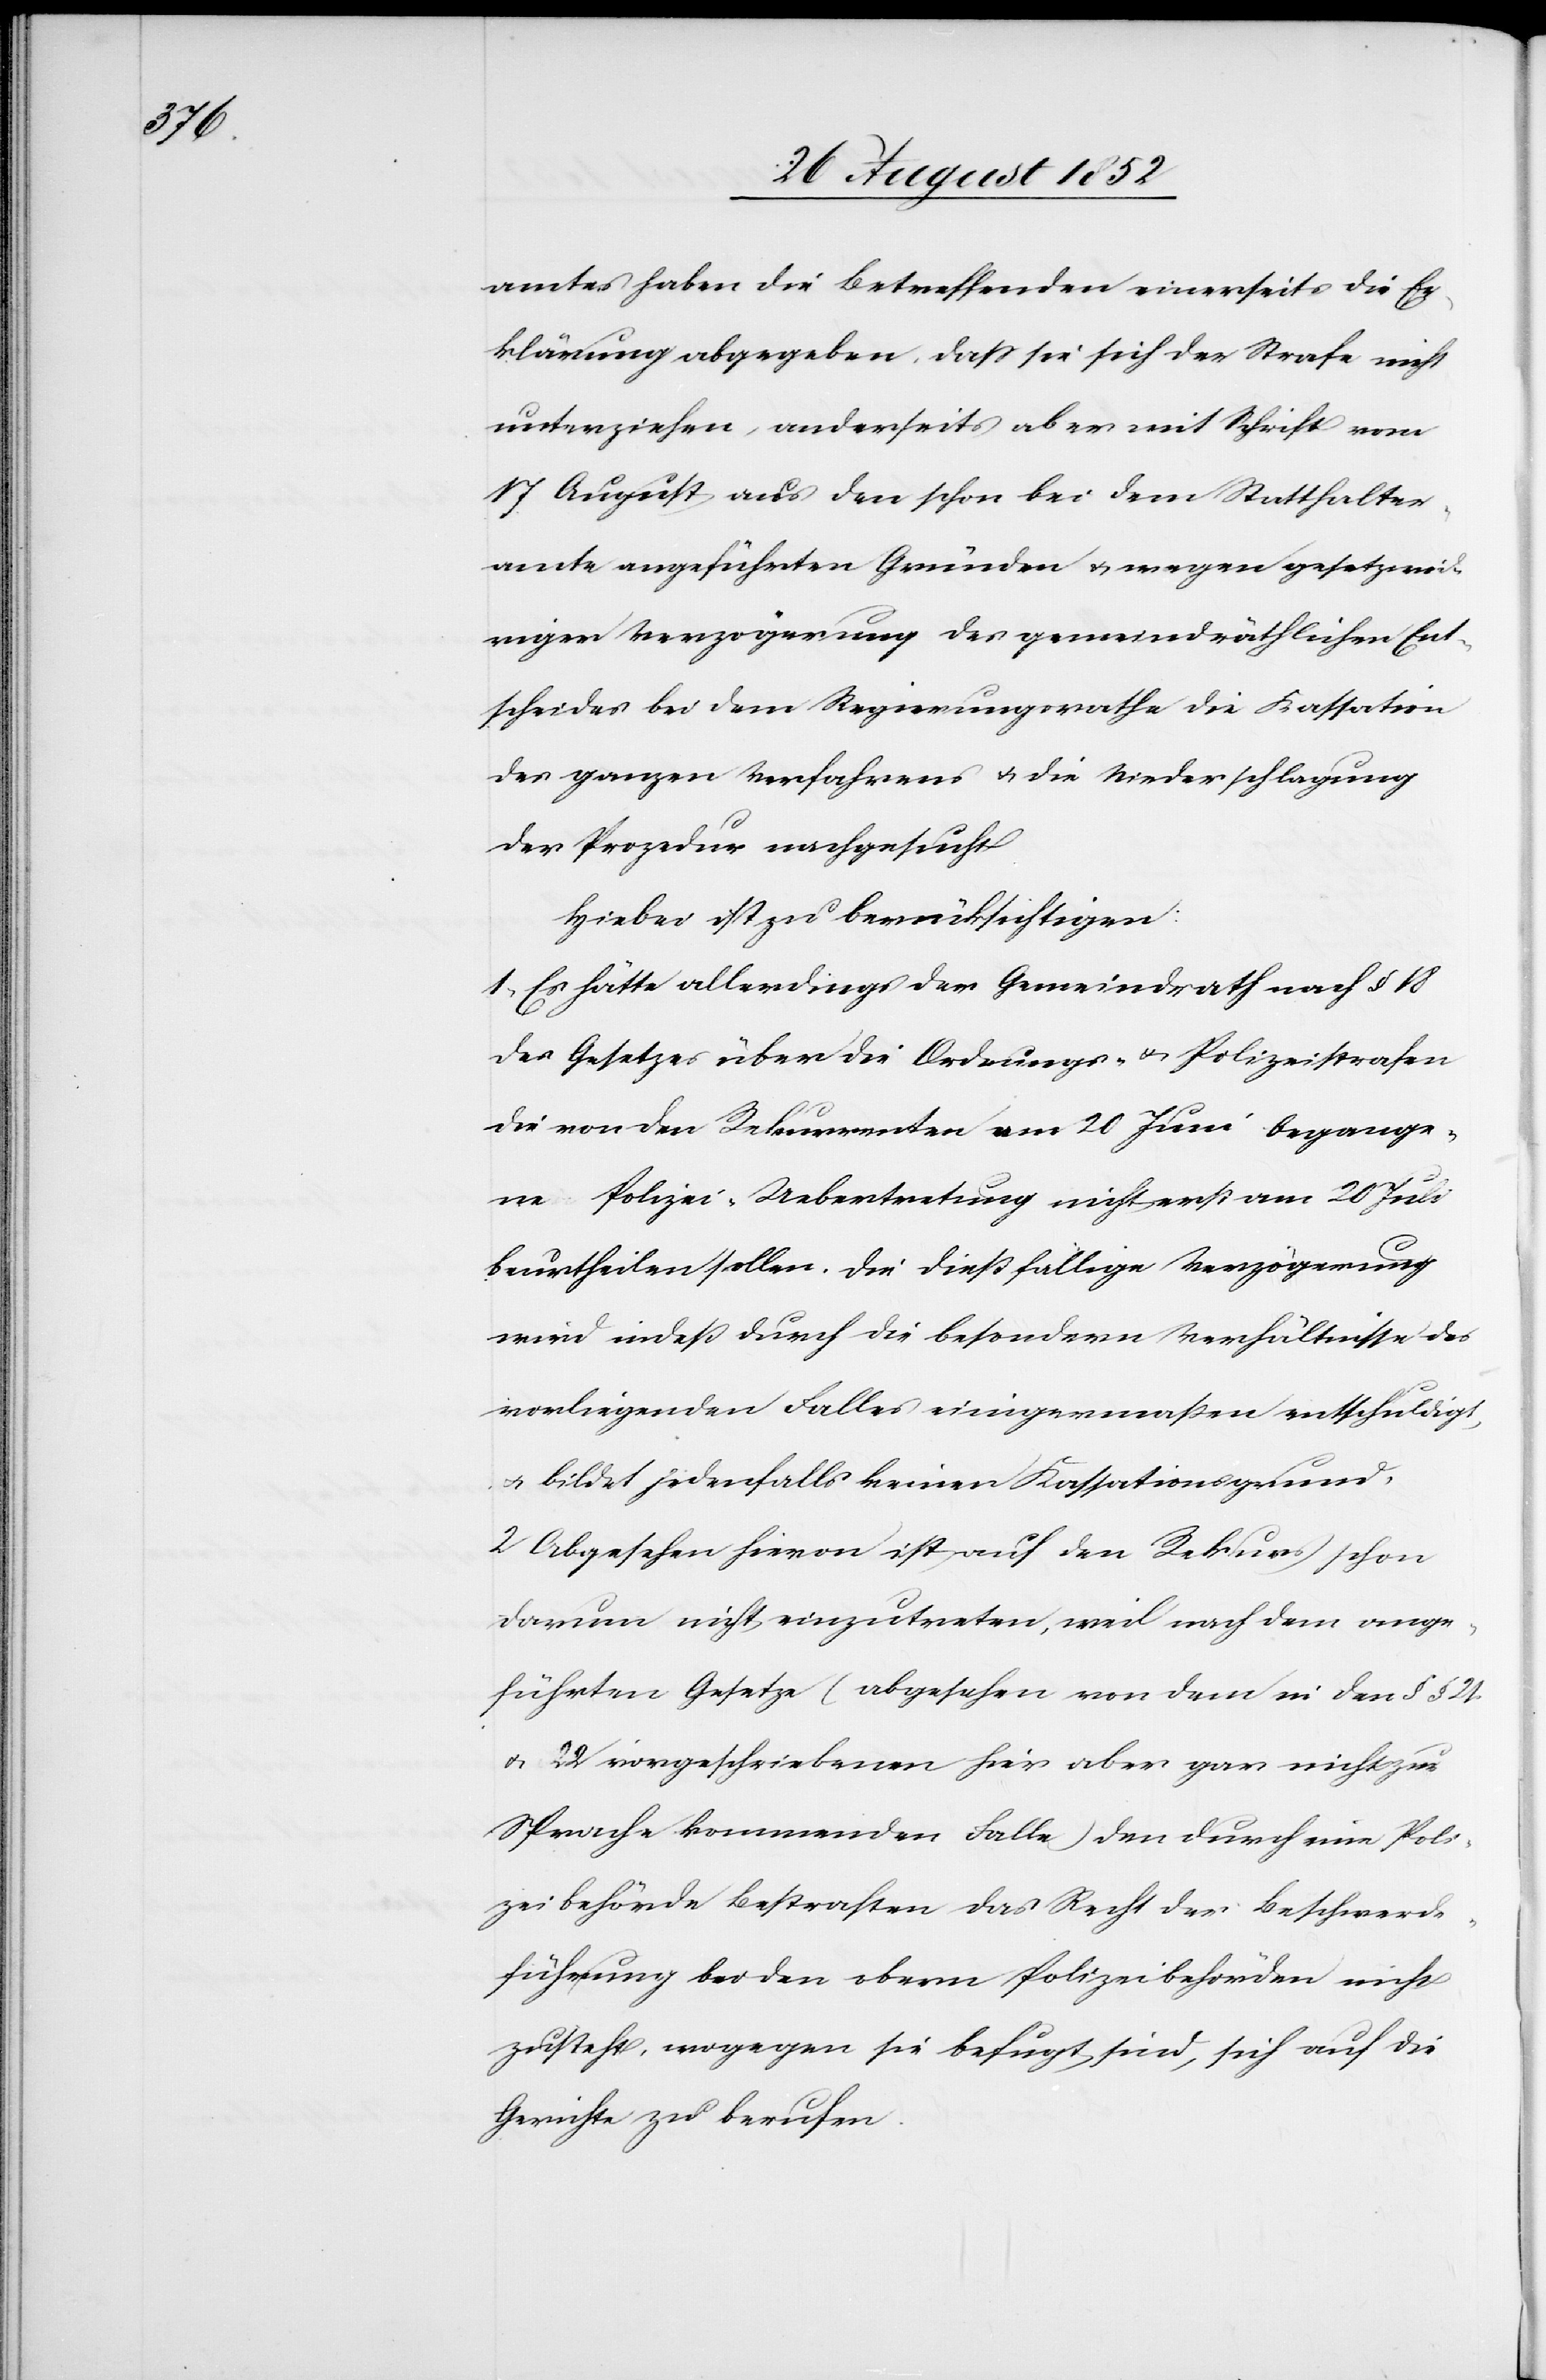
amtes haben die Betreffenden einerseits die Er¬
klärung abgegeben, dass sie sich der Strafe nicht
unterziehen, anderseits aber mit Schrift vom
17 August aus den schon bei dem Statthalter¬
amte angeführten Gründen & wegen gesetzwid¬
riger Verzögerung des gemeindräthlichen Ent¬
scheides bei dem Regierungsrathe die Kassation
des ganzen Verfahrens & die Niederschlagung
der Prozedur nachgesucht
Hiebei ist zu berücksichtigen:
1, Es hätte allerdings der Gemeindrath nach § 18
des Gesetzes über die Ordnungs- & Polizeistrafen
die von den Rekurrenten am 20 Juni begange¬
ne Polizei-Uebertretung nicht erst am 20 Juli
beurtheilen sollen. Die dießfällige Verzögerung
wird indeß durch die besondern Verhältnisse des
vorliegenden Falles einigermaßen entschuldigt,
& bildet jedenfalls keinen Kassationsgrund.
2 Abgesehen hievon ist auf den Rekurs schon
darum nicht einzutreten, weil nach dem ange¬
führten Gesetze (abgesehen von dem in den § § 21.
& 22 vorgeschriebenen hier aber gar nicht zur
Sprache kommenden Falle) den durch eine Poli¬
zeibehörde Bestraften das Recht der Beschwerde¬
führung bei den obern Polizeibehörden nicht
zusteht, wogegen sie befugt sind, sich auf die
Gerichte zu berufen.